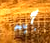
جيه